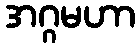
အဂ္ဂမဟာ